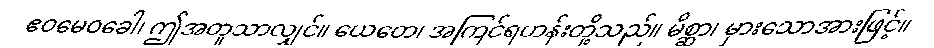
ဧဝမေဝခေါ၊ ဤအတူသာလျှင်။ ယေတေ၊ အကြင်ရဟန်းတို့သည်။ မိစ္ဆာ၊ မှားသောအားဖြင့်။